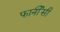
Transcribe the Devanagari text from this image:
फार्नीसी